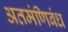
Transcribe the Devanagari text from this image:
अतमंणिबंध